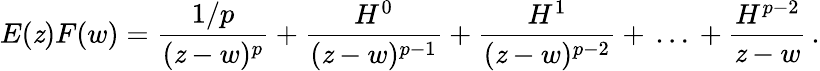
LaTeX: E(\mathit{z})F(w)=\frac{{1/p}}{{(\mathit{z}-w)^{p}}}+\frac{{H^{0}}}{{(\mathit{z}-w)^{p-1}}}+\frac{{H^{1}}}{{(\mathit{z}-w)^{p-2}}}+\, \dots\, +\frac{{H^{p-2}}}{{\mathit{z}-w}}\, .